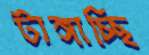
টাঙ্গাচ্ছি